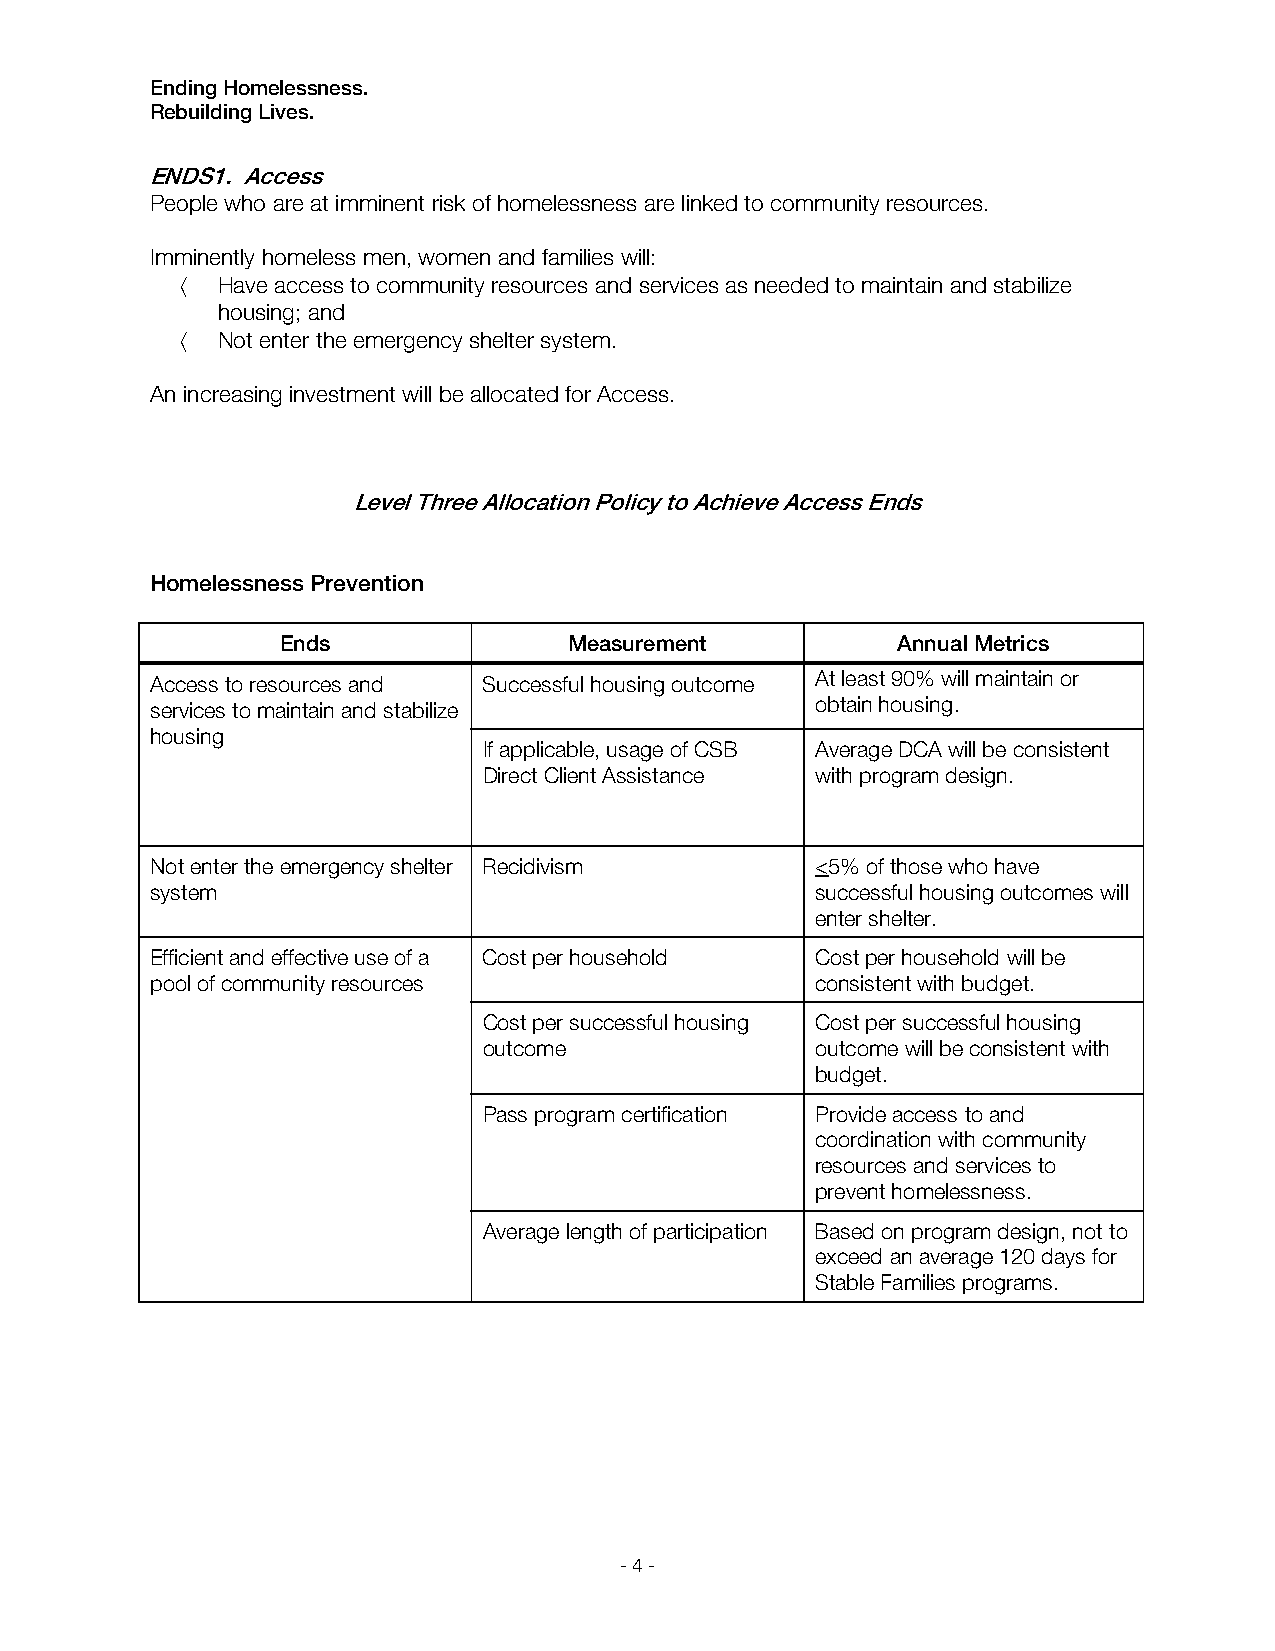
Ending Homelessness.
 Rebuilding Lives.
 ENDS1. Access
 People who are at imminent risk of homelessness are linked to community resources.
 Imminently homeless men, women and families will:
  Have access to community resources and services as needed to maintain and stabilize
 housing; and
  Not enter the emergency shelter system.
 An increasing investment will be allocated for Access.
 Level Three Allocation Policy to Achieve Access Ends
 Homelessness Prevention
 Ends               Measurement          Annual Metrics
 Access to resources and Successful housing outcome At least 90% will maintain or
 services to maintain and stabilize          obtain housing.
 housing
 If applicable, usage of CSB Average DCA will be consistent
 Direct Client Assistance with program design.
 Not enter the emergency shelter Recidivism  <5% of those who have
 system                                      successful housing outcomes will
 enter shelter.
 Efficient and effective use of a Cost per household Cost per household will be
 pool of community resources                 consistent with budget.
 Cost per successful housing Cost per successful housing
 outcome               outcome will be consistent with
 budget.
 Pass program certification Provide access to and
 coordination with community
 resources and services to
 prevent homelessness.
 Average length of participation Based on program design, not to
 exceed an average 120 days for
 Stable Families programs.
 - 4 -